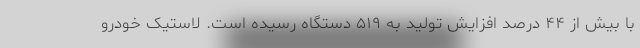
با بیش از ۴۴ درصد افزایش تولید به ۵۱۹ دستگاه رسیده است. لاستیک خودرو